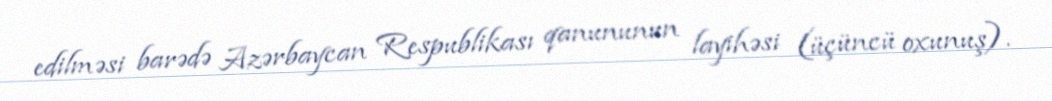
edilməsi barədə Azərbaycan Respublikası qanununun layihəsi (üçüncü oxunuş).